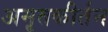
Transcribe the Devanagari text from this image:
अमृतकीर्तन